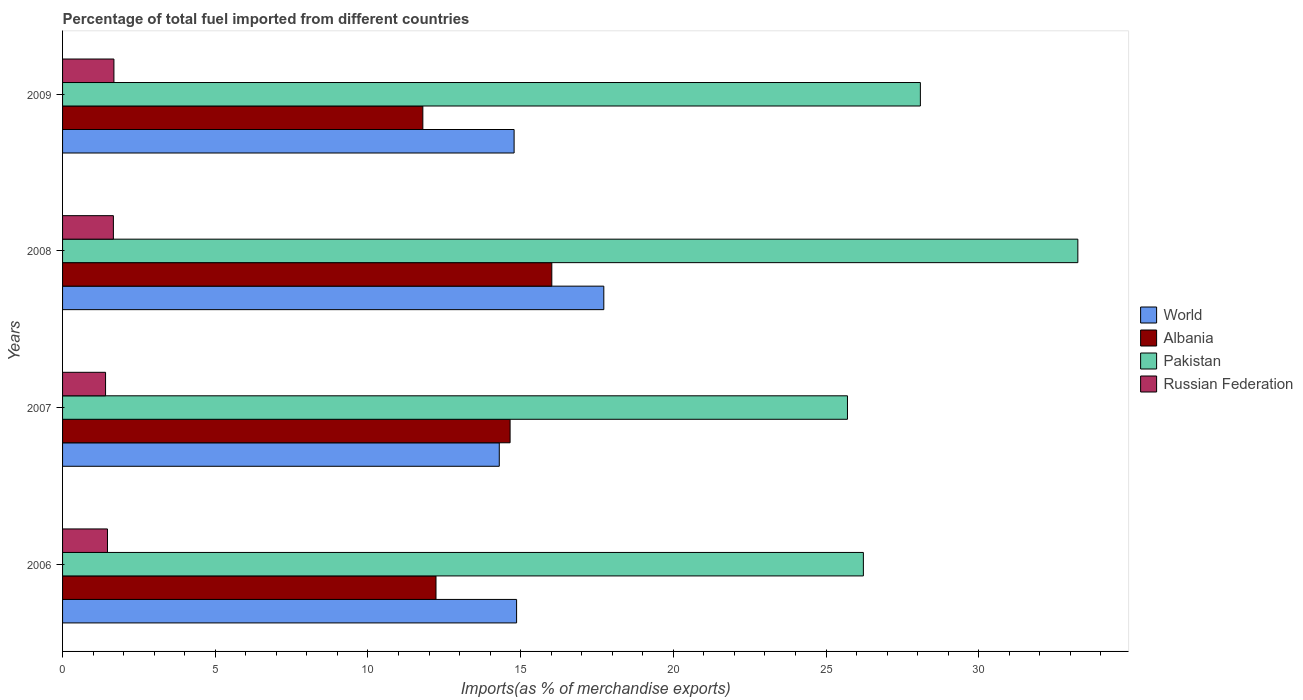
| Years | World | Albania | Pakistan | Russian Federation |
 | --- | --- | --- | --- | --- |
 | 2006 | 14.9 | 12.2 | 26.2 | 1.47 |
 | 2007 | 14.3 | 14.7 | 25.7 | 1.41 |
 | 2008 | 17.7 | 16 | 33.2 | 1.66 |
 | 2009 | 14.8 | 11.8 | 28.1 | 1.68 |